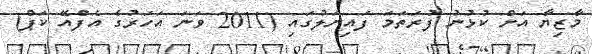
މާޒިޔާ އަށް ކުޅުނު ފުރަތަމަ ފައިނަލުގައި (2011 ވަނަ އަހަރުގެ އެފްއޭ ކަޕް)